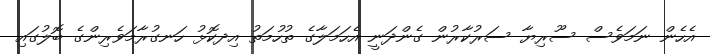
އެހެން ނަމަވެސް ސޫރިޔާ ސަރުކާރުން ގެންދަނީ އެހަމަލާގެ ތުހުމަތު އިދކޮޅު ހަނގުރާމަވެރިންގެ ބޮލުގައި